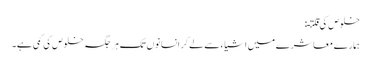
خلوص کی قلتـ:
ہمار ے معاشرے میں اشیاء سے لے کر انسانوں تک ہر جگہ خلوص کی کمی ہے۔